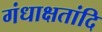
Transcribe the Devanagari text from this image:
गंधाक्षतांदि